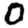
Digit: 0